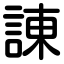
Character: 諌